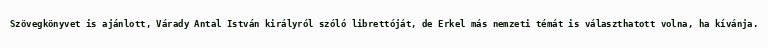
Szövegkönyvet is ajánlott, Várady Antal István királyról szóló librettóját, de Erkel más nemzeti témát is választhatott volna, ha kívánja.